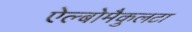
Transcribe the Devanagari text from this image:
ऐल्बोमैकुलटा